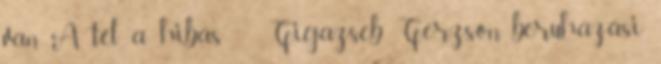
van A tél a hibás ” Gigazseb Gerzson, beruházási